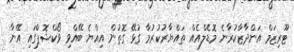
ޓޫރިޒަމް އަންދާޒާކުރާނެ މޮޑެލްއެއް ތައްޔާރުކުރުމާ ގުޅޭ ގޮތުން އިއްޔެ ބޭއްވި ވޯކްޝޮޕްގައި އޭނާ